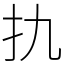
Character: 扏